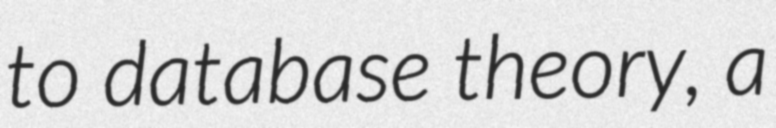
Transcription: to database theory, a